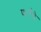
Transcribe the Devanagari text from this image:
फर्नचे